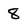
Character: 8